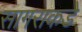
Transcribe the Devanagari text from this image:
सागराकडे